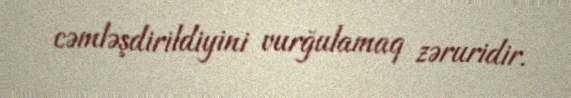
cəmləşdirildiyini vurğulamaq zəruridir.